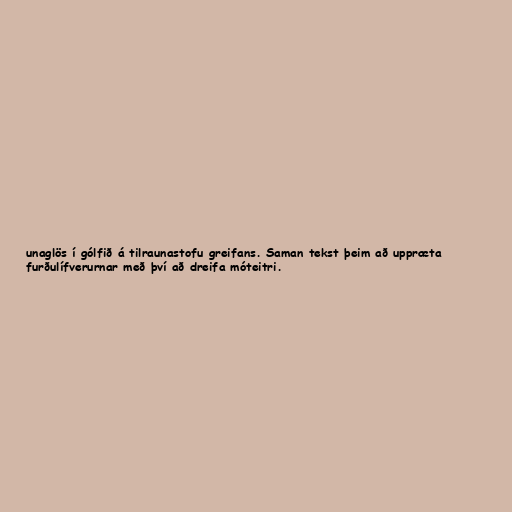
unaglös í gólfið á tilraunastofu greifans. Saman tekst þeim að uppræta
furðulífverurnar með því að dreifa móteitri.